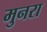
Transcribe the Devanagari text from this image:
मुनरा